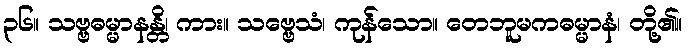
၃၆။ သဗ္ဗဓမ္မာနန္တိ၊ ကား။ သဗ္ဗေသံ၊ ကုန်သော။ တေဘူမကဓမ္မာနံ၊ တို့၏။